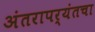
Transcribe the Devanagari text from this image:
अंतरापर्यंतचा